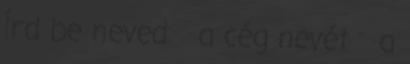
Írd be neved a cég nevét a